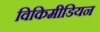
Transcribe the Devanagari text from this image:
विकिमीडियन